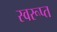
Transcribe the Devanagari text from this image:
स्वरूप्त